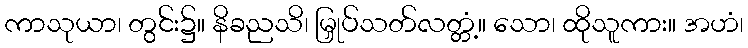
ကာသုယာ၊ တွင်း၌။ နိခညသိ၊ မြှုပ်သတ်လတ္တံ့။ သော၊ ထိုသူကား။ အဟံ၊